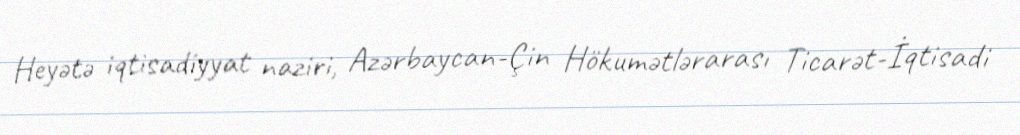
Heyətə iqtisadiyyat naziri, Azərbaycan-Çin Hökumətlərarası Ticarət-İqtisadi